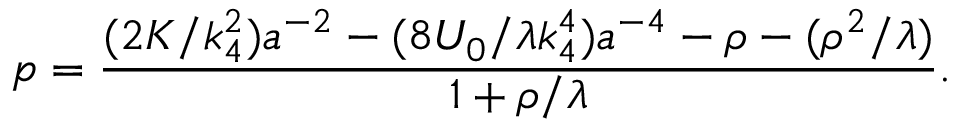
p = \frac { ( 2 K / k _ { 4 } ^ { 2 } ) a ^ { - 2 } - ( 8 { \cal U } _ { 0 } / \lambda k _ { 4 } ^ { 4 } ) a ^ { - 4 } - \rho - ( \rho ^ { 2 } / \lambda ) } { 1 + \rho / \lambda } .